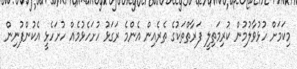
މިކަމަށް ހުޅުވާލުމުން ކުރިމަތިލީ ފަރާތްތަކުގެ ތެރެއިން އެންމެ ރަގަޅު ހުށަހެޅުމެއް ހުށަހެޅީ އެކުންފުނިން